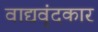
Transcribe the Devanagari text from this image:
वाद्यवृंदकार